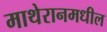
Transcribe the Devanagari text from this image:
माथेरानमधील